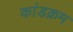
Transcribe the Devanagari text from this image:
कांडक्रम